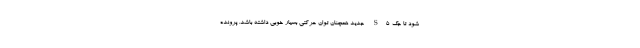
شود تا جک S5 جدید همچنان توان حرکتی بسیار خوبی داشته باشد. پرونده